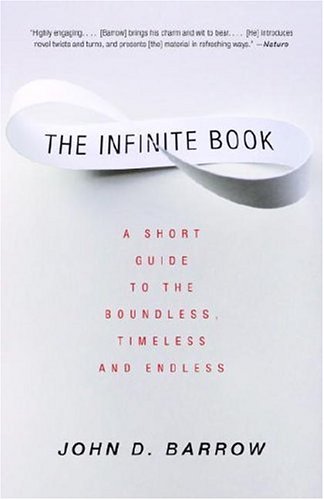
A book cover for The Infinite Book: A Short Guide to the Boundless, Timeless and Endless; John D. Barrow; Humor & Entertainment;